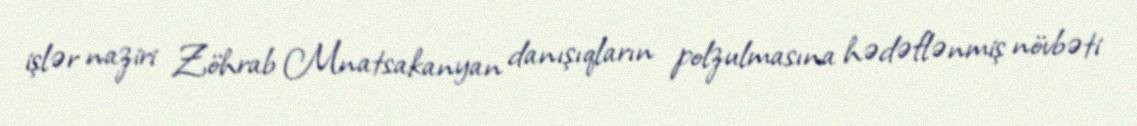
işlər naziri Zöhrab Mnatsakanyan danışıqların polzulmasına hədəflənmiş növbəti